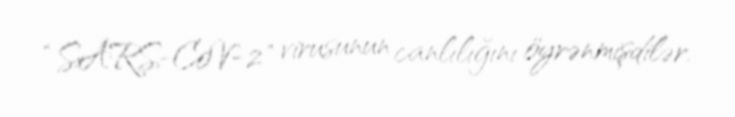
“SARS-CoV-2" virusunun canlılığını öyrənmişdilər.